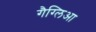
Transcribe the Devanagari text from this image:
गैग्लिआ